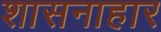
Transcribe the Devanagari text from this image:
शासनाहार